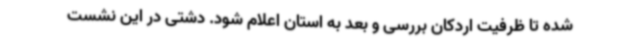
شده تا ظرفیت اردکان بررسی و بعد به استان اعلام شود. دشتی در این نشست